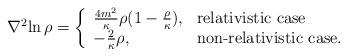
LaTeX: \begin{align*}{{\nabla}^2} {\ln{\rho}} = \left\{ \begin{array}{ll} {4m^2 \over \kappa } \rho {( 1 - {\rho \over \kappa})}, & \mbox{relativistic case} \cr - {2 \over \kappa } \rho , & \mbox{non-relativistic case.} \end{array} \right.\end{align*}